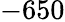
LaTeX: -650